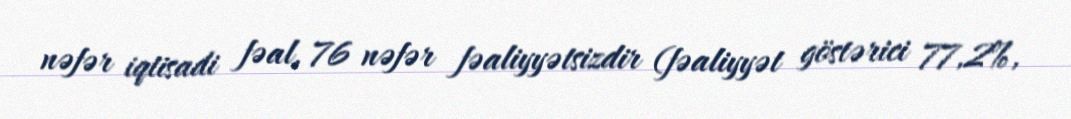
nəfər iqtisadi fəal, 76 nəfər fəaliyyətsizdir (fəaliyyət göstərici 77,2%,